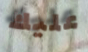
عليك